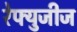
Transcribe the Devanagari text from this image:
रेफ्युजीज